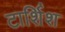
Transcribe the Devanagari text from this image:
टार्शिश